38_143685_box_Incident_Summaries_173-233
Agency: Department of War
Page 40
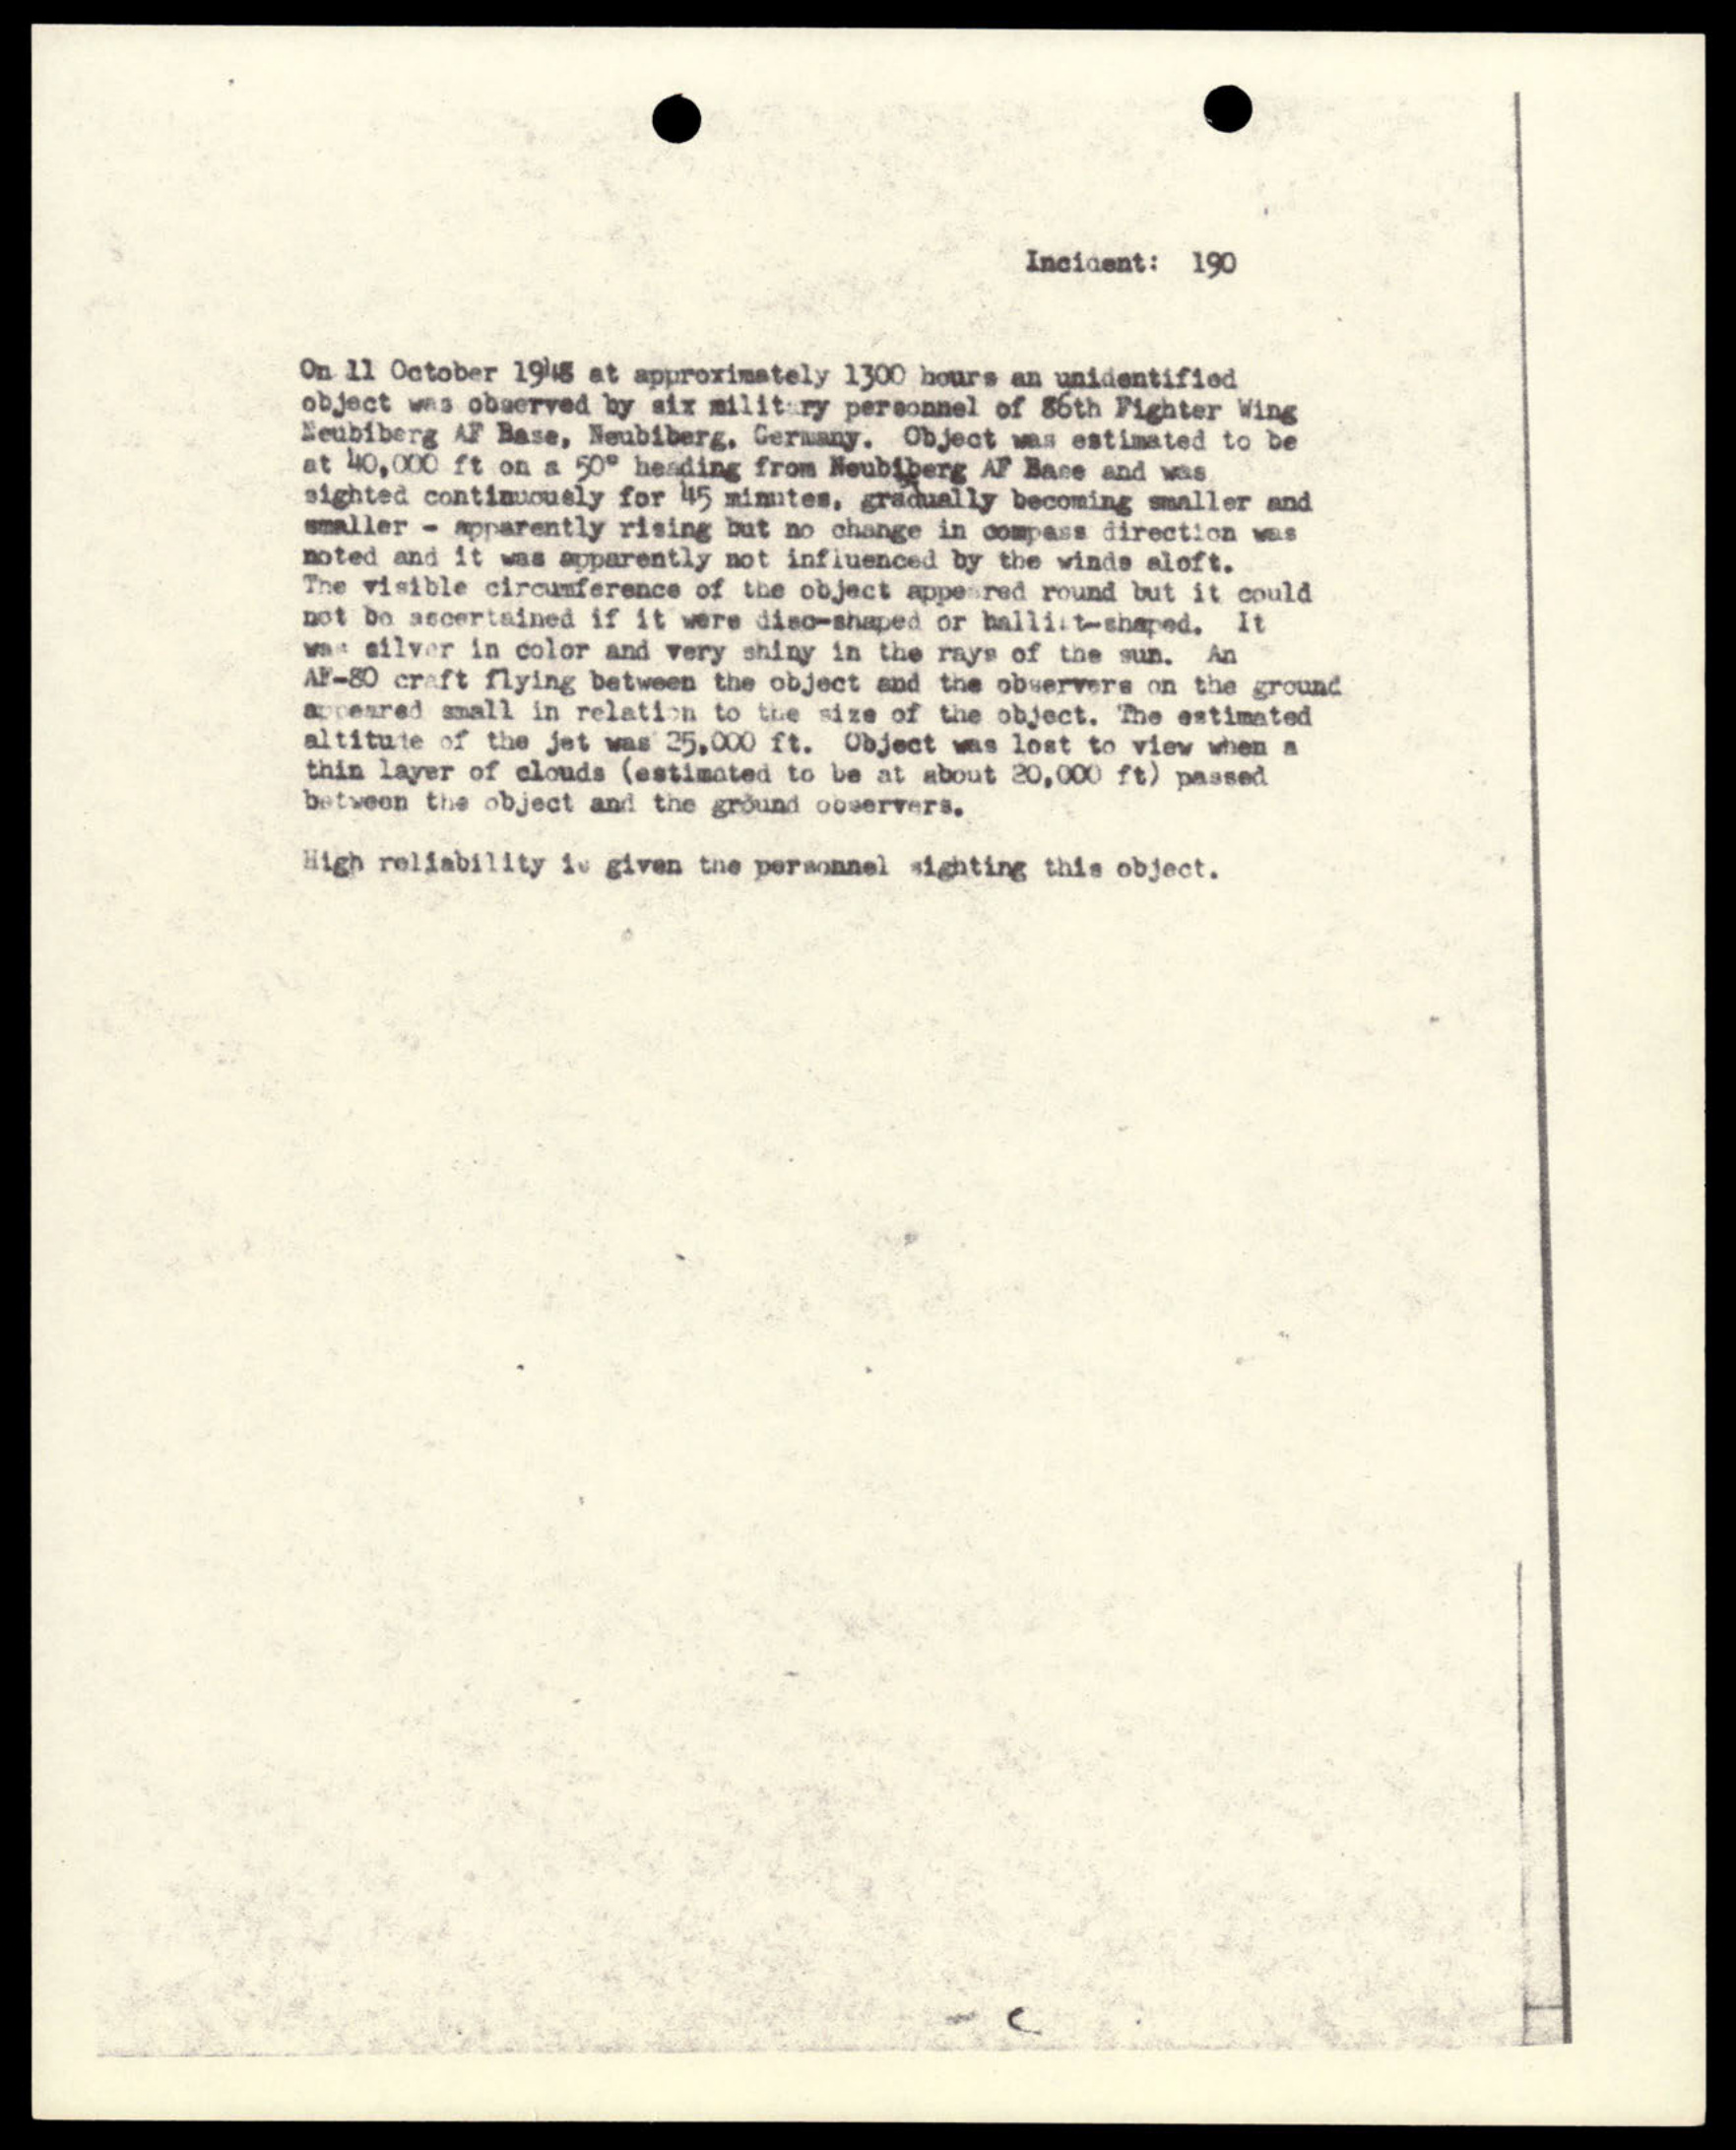